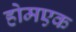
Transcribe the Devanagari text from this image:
होमएक